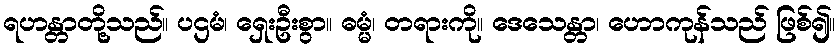
ရဟန္တာတို့သည်။ ပဌမံ၊ ရှေးဦးစွာ။ ဓမ္မံ၊ တရားကို။ ဒေသေန္တာ၊ ဟောကုန်သည် ဖြစ်၍။